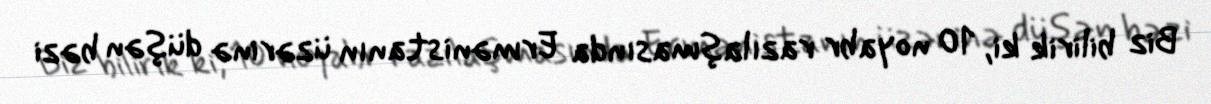
Biz bilirik ki, 10 noyabr razılaşmasında Ermənistanın üzərinə düşən bəzi